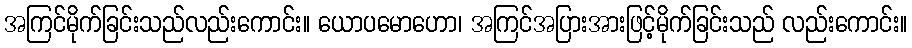
အကြင်မိုက်ခြင်းသည်လည်းကောင်း။ ယောပမောဟော၊ အကြင်အပြားအားဖြင့်မိုက်ခြင်းသည် လည်းကောင်း။